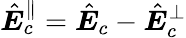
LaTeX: \hat{\boldsymbol E}_{c}^{\parallel}=\hat{\boldsymbol E}_{c}-\hat{\boldsymbol E}_{c}^{\perp}